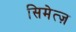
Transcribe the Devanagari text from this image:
सिमेत्ज़